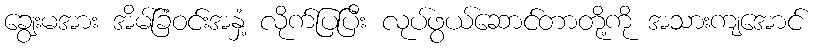
ချွေးမအား အိမ်ခြံဝင်းအနှံ့ လိုက်ပြပြီး လုပ်ဖွယ်ဆောင်တာတို့ကို အသားကျအောင်